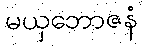
မယှဘောဇနံ